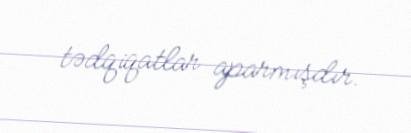
tədqiqatlar aparmışdır.